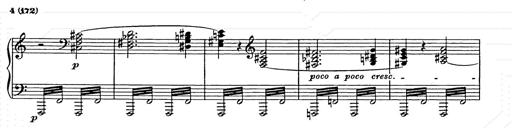
Title: Unstern!
Composer: Franz Liszt